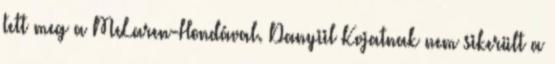
tett meg a McLaren-Hondával. Danyiil Kvjatnak nem sikerült a